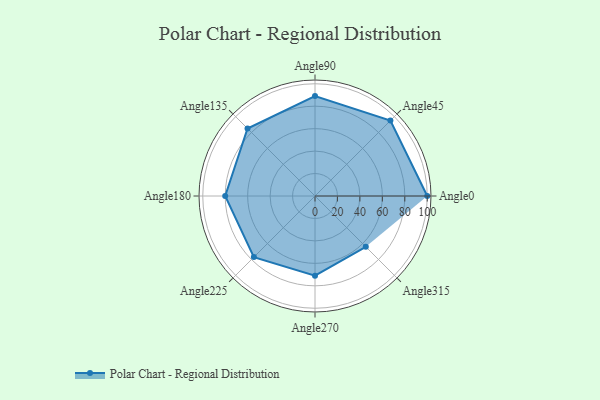
{"axis": {"x": "Angle", "y": "Radius"}, "legend": [""], "data": [{"x": "Angle0", "y": 100.0, "type": ""}, {"x": "Angle45", "y": 95.0, "type": ""}, {"x": "Angle90", "y": 89.0, "type": ""}, {"x": "Angle135", "y": 85.0, "type": ""}, {"x": "Angle180", "y": 80.0, "type": ""}, {"x": "Angle225", "y": 77.0, "type": ""}, {"x": "Angle270", "y": 71.0, "type": ""}, {"x": "Angle315", "y": 64.0, "type": ""}]}